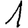
Digit: 1